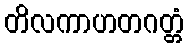
တိလကာဟတဂတ္တံ